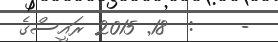
-    :  18